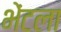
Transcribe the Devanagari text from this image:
भेंटला